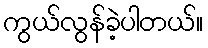
ကွယ်လွန်ခဲ့ပါတယ်။